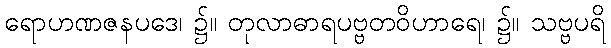
ရောဟဏဇနပဒေ၊ ၌။ တုလာဓာရပဗ္ဗတဝိဟာရေ၊ ၌။ သဗ္ဗပရိ